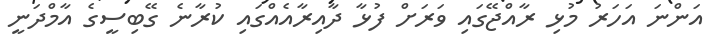
އަންނަ އަހަރު މުޅި ރާއްޖޭގައި ވަރަށް ފުޅާ ދާއިރާއެއްގައި ކުރާނެ ގޭބިސީގެ އާމްދަނީ